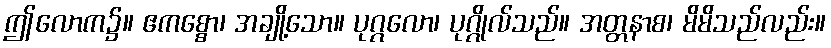
ဤလောက၌။ ဧကစ္စော၊ အချို့သော။ ပုဂ္ဂလော၊ ပုဂ္ဂိုလ်သည်။ အတ္တနာစ၊ မိမိသည်လည်း။